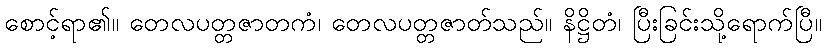
စောင့်ရာ၏။ တေလပတ္တဇာတကံ၊ တေလပတ္တဇာတ်သည်။ နိဋ္ဌိတံ၊ ပြီးခြင်းသို့ရောက်ပြီ။